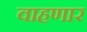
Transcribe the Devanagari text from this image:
वाहणार